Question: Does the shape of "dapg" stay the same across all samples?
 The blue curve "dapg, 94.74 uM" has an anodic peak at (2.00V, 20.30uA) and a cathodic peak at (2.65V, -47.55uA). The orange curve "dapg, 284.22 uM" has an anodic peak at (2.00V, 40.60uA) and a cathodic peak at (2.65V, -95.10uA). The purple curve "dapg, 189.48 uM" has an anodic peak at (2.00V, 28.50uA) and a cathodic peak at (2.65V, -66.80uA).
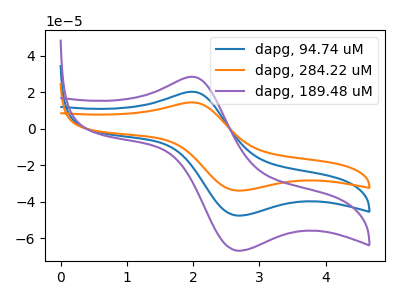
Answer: <think>All the peaks in "dapg, 94.74 uM" have a peak in "dapg, 284.22 uM" at the same potential. Every peak in "dapg, 94.74 uM" is lower than every peak in "dapg, 284.22 uM". All the peaks in "dapg, 94.74 uM" have a peak in "dapg, 189.48 uM" at the same potential. Every peak in "dapg, 94.74 uM" is lower than every peak in "dapg, 189.48 uM". All the peaks in "dapg, 284.22 uM" have a peak in "dapg, 189.48 uM" at the same potential. Every peak in "dapg, 284.22 uM" is higher than every peak in "dapg, 189.48 uM".
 </think>
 <answer>All the CV's of "dapg" have similar shape.</answer>
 <eval>follow_rule</eval>